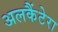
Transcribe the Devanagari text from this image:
अलकैंटेरा